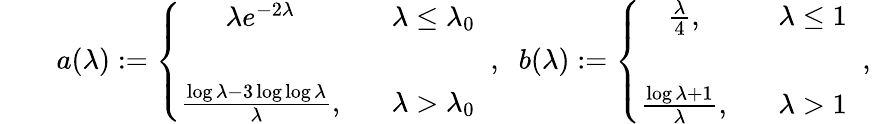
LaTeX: \begin{array}{rlr}&{}&{a(\lambda):=\left\{ \begin{array}{cc}{\lambda e^{-2\lambda}}&{\; \; \; \lambda\leq\lambda_{0}}\\ {\; \; }\\ {\frac{\log{\lambda}-3\log\log{\lambda}}{\lambda},}&{\; \; \; \lambda>\lambda_{0}}\end{array}\right.\; \; ,\; \; b(\lambda):=\left\{ \begin{array}{cc}{\frac{\lambda}{4},}&{\; \; \; \lambda\leq 1}\\ {\; \; }\\ {\frac{\log{\lambda}+1}{\lambda},}&{\; \; \; \lambda>1}\end{array}\right.\; \; ,\; \; }\end{array}